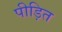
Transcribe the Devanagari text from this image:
पीड़ित